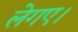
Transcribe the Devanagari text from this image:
लेगए।